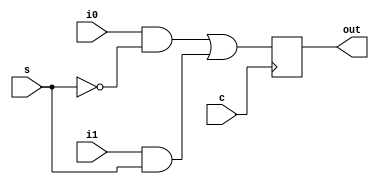
module mux2(i0,i1,s,out,c);
input i0,i1,s,c;
output out;
wire o;
reg out;
assign o =i0&(~s) | i1&s;


	always @ (posedge c)
	   begin 
		 out<=o;
	   end



endmodule